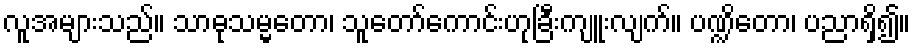
လူအများသည်။ သာဓုသမ္မတော၊ သူတော်ကောင်းဟုခြီးကျူးလျက်။ ပဏ္ဍိတော၊ ပညာရှိ၍။